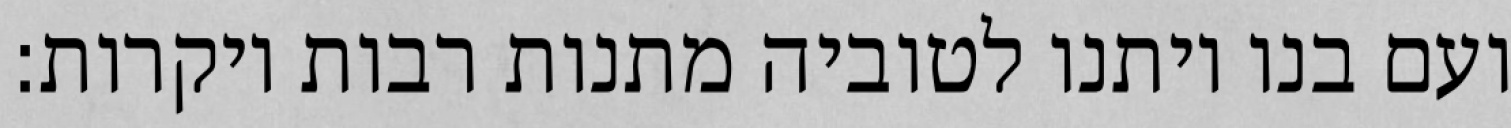
ועם בנו ויתנו לטוביה מתנות רבות ויקרות: